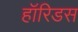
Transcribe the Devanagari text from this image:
हॉरिडस